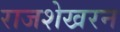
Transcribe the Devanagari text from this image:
राजशेखरन